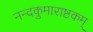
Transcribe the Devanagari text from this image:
नन्दकुमाराष्टकम्